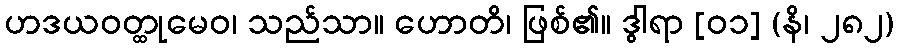
ဟဒယဝတ္ထုမေဝ၊ သည်သာ။ ဟောတိ၊ ဖြစ်၏။ ဒွါရာ [၀၁] (နိ၊ ၂၈၂)